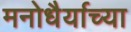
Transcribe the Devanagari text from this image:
मनोधैर्याच्या